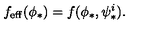
f _ { \mathrm { e f f } } ( \phi _ { * } ) = f ( \phi _ { * } , \psi _ { * } ^ { i } ) .